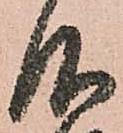
仰